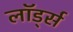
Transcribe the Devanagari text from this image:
लॉर्ड्‍स